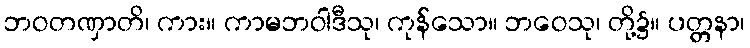
ဘဝတဏှာတိ၊ ကား။ ကာမဘဝါဒီသု၊ ကုန်သော။ ဘဝေသု၊ တို့၌။ ပတ္တနာ၊